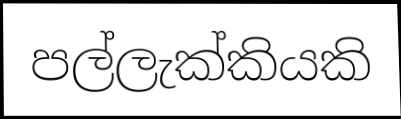
පල්ලැක්කියකි